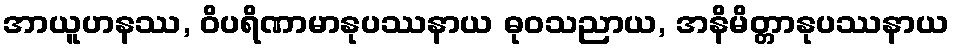
အာယူဟနဿ, ဝိပရိဏာမာနုပဿနာယ ဓုဝသညာယ, အနိမိတ္တာနုပဿနာယ